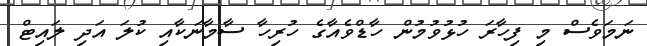
ނަމަވެސް މި ފިހާރަ ހުޅުވުމުން ހާޑްވެއާގެ ހުރިހާ ސާމާނަކާއި ކުލަ އަދި ލައިޓް